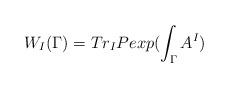
LaTeX: \begin{align*}W_{I}(\Gamma) = Tr_{I} P exp (\int_{\Gamma} A^{I}) \end{align*}